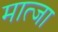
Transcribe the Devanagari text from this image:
मात्जा